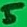
Text: 5